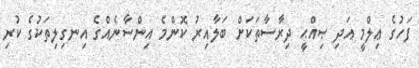
ފަހުގެ ޢިލްމީ އަދި ޞިއްޙީ ދިރާސާތަކަށް ބަލާއިރު ކޮންމެ އިންސާނެއްގެ އިނގިލިތަކުގެ ކުރި